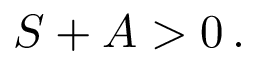
S + A > 0 \, .